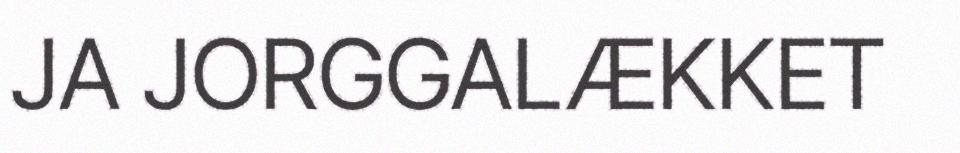
JA JORGGALÆKKET